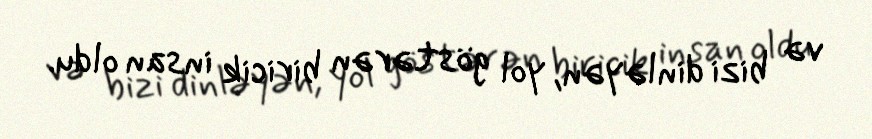
və bizi dinləyən, yol göstərən biricik insan oldu.